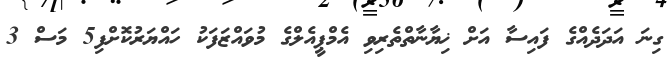
ގިނަ އަދަދެއްގެ ފައިސާ އަށް ޚިޔާނާތްތެރިވި އެމްޕީއެލްގެ މުވައްޒަފަކު ހައްޔަރުކޮށްފި5 މަސް 3